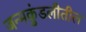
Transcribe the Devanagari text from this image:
जन्मकुंडलीतील